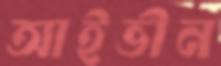
আইভীন